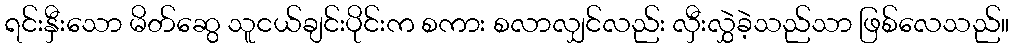
ရင်းနှီးသော မိတ်ဆွေ သူငယ်ချင်းပိုင်းက စကား စလာလျှင်လည်း လှီးလွှဲခဲ့သည်သာ ဖြစ်လေသည်။